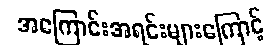
အကြောင်းအရင်းများကြောင့်